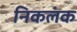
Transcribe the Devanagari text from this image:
निकलंक